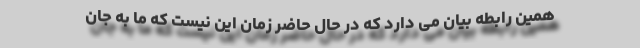
همین رابطه بیان می دارد که در حال حاضر زمان این نیست که ما به جان